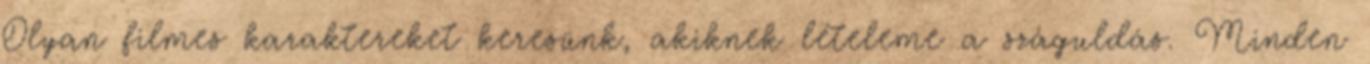
Olyan filmes karaktereket keresünk, akiknek lételeme a száguldás. Minden